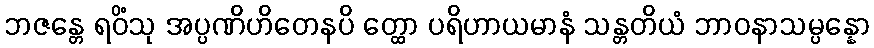
ဘဇန္တေ ရဝိံသု အပ္ပဏိဟိတေနပိ တ္ထော ပရိဟာယမာနံ သန္တတိယံ ဘာဝနာသမ္ပန္နော